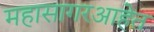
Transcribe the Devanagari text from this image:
महासागरआहेत